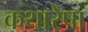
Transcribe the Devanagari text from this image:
कथारेषा